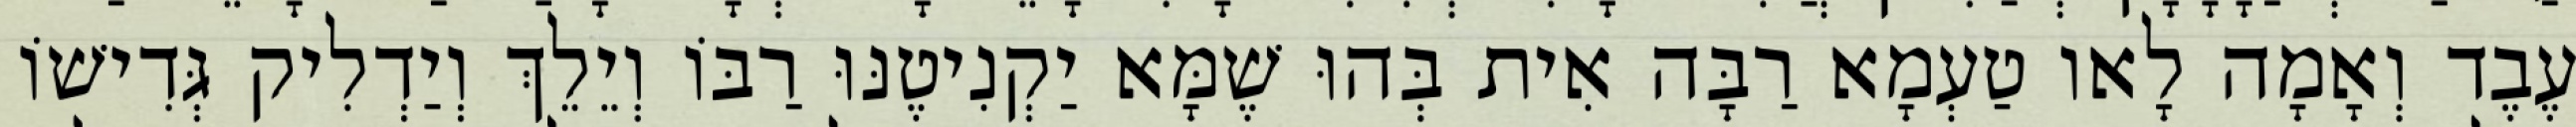
עֶבֶד וְאָמָה לָאו טַעְמָא רַבָּה אִית בְּהוּ שֶׁמָּא יַקְנִיטֶנּוּ רַבּוֹ וְיֵלֵךְ וְיַדְלִיק גְּדִישׁוֹ